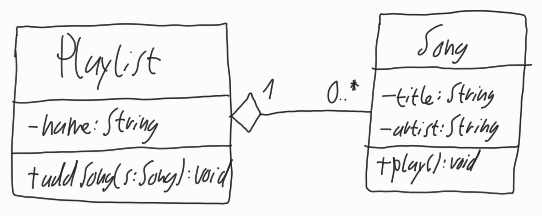
Diagram type: class_diagram
```plantuml
@startuml

class Playlist {
  - name: String
  + addSong(s: Song): void
}

class Song {
  - title: String
  - artist: String
  + play(): void
}

Playlist "1" o-- "0..*" Song

@enduml
```